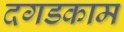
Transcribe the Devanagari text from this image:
दगडकाम